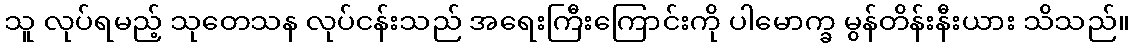
သူ လုပ်ရမည့် သုတေသန လုပ်ငန်းသည် အရေးကြီးကြောင်းကို ပါမောက္ခ မွန်တိန်းနီးယား သိသည်။